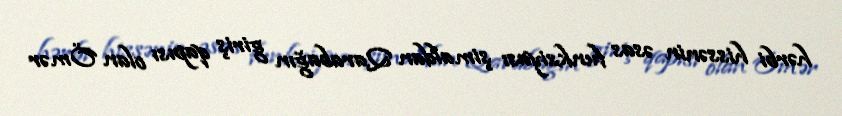
hərbi hissənin əsas funksiyası şimaldan Qarabağın giriş qapısı olan Ömər